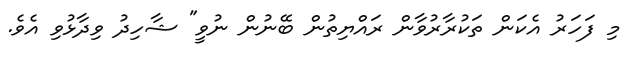
މި ފަހަރު އެކަން ތަކުރާރުވާން ރައްޔިތުން ބޭނުން ނުވީ" ޝާހިދު ވިދާޅުވި އެވެ.